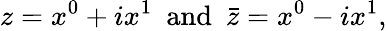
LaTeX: z=x^{0}+ix^{1}\ \ \mathrm{and}\ \ \bar{z}=x^{0}-ix^{1},